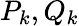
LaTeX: P_{k},Q_{k}